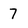
Character: 7